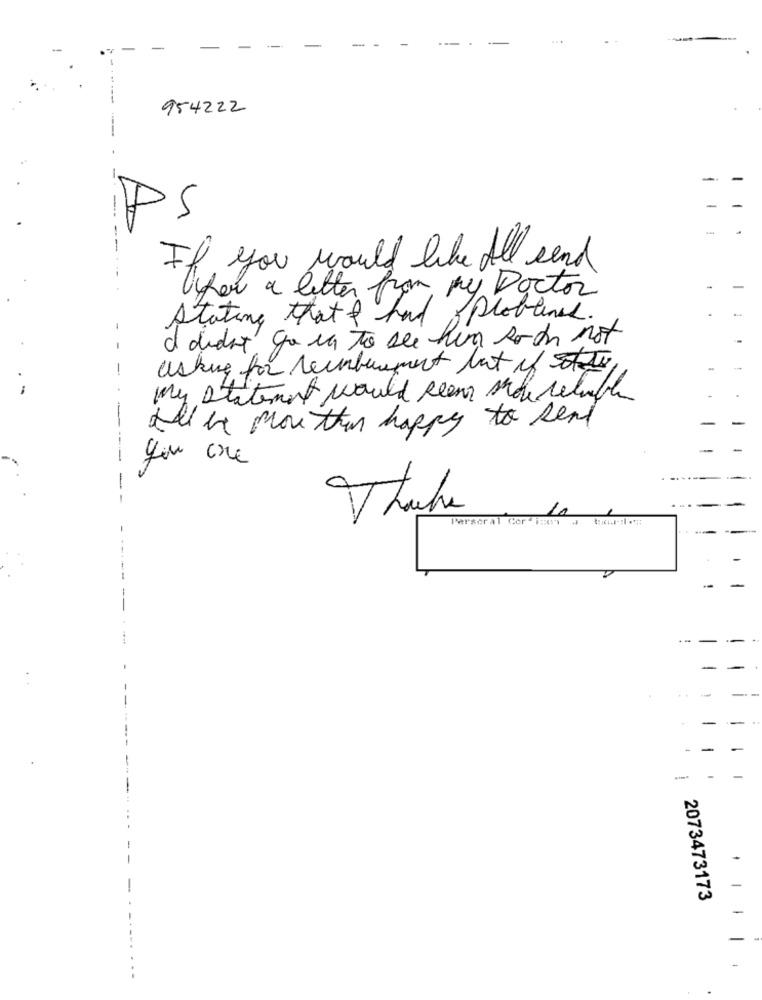
-
954222
PS
If you would like All sand
Oper a letter from my Doctor
Stating that I had problems.
I didn't go en to see him so th not
-
-
asking for reimbursement but if st
-
my statement would seem sich reluften
All in mouthun happy to send
------
you one
-
Thuhe
Perscral Cortico a tid :::
1
2073473173